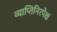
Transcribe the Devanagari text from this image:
व्याप्तिनिरपेक्ष